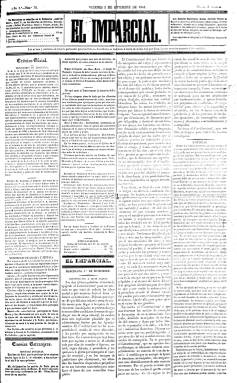
Título: El Imparcial (Barcelona)
Colección: Periódicos anteriores a 1850
Ámbito geográfico: Barcelona
Lugar de publicación: Barcelona
Fechas: 02/09/1842-31/12/1844

Debió de comenzar a publicarse a finales de junio de 1842, como continuación de El Liberal barcelonés, que en octubre de 1841 lo había sido a su vez de La Guardia nacional (1835), en el “viaje” que un sector de la prensa barcelonesa realiza desde el progresismo al moderantismo durante las regencias de la reina gobernadora María Cristina de Borbón Dos Sicilias (1806-1878) y del general Baldomero Espartero (1793-1879). Su colección en la Biblioteca Nacional de España (BNE) comienza con su número 76, del dos de septiembre de 1842, cuando pasará a manos del industrial Joan Vilaregut i Albafull (1800-1856), líder de una facción moderada del Partido Progresista, que en 1841 ya había sido elegido diputado por Barcelona, y lo volverá a ser en las elecciones de 1843, 1846, 1851 y 1853. Entre los periódicos a los que se enfrentará El Imparcial, se encuentra el también progresista El Constitucional (1837-1843). Estampado en imprenta propia, su editor responsable será el impresor José Devesa y Pujadas, siendo uno de sus redactores el abogado y economista Joan Illas i Vidal (1819-1876), defensor del proteccionismo.

Es un diario de gran formato, con entregas de cuatro páginas, compuestas a cuatro columnas. Publica editoriales, artículos remitidos y comunicados (cartas dirigidas al director o editor), y será también un periódico de noticias que estructura en secciones, como Crónica oficial (disposiciones legales), Crónica interior (generalmente son extractos de otros periódicos españoles) y Crónica extranjera, así como la de Avisos locales o Gacetín urbano. A ello añade una Crónica o Revista teatral, la sección Diversiones públicas (programación teatral), la de Miscelánea o la denominada Boletín comercial, con cuyo título editará algún suplemento, así como otro con la denominación Edición de tarde. También inserta un folletín en los faldones de la tercera y cuarta plana y anuncios, generalmente de bibliografía.

Coincidiendo con el final del trienio esparterista, desde el uno de julio al cuatro de agosto de 1843 se subtitula “periódico oficial” y, desde el uno de mayo de 1844, como “diario de política, literatura, comercio e industria”, iniciando así un nuevo periodo, para lo que aumenta el personal de redacción (que se encontraba en el mismo local que el de la imprenta), y empezará a incluir una Sección estadística y otra de Funciones religiosas.

En su tesis de la Universidad Pompeu Fabra, de 2004, Joan Fuster señala que El Imparcial supuso el primer intento de dotar al conservadurismo barcelonés de una voz propia que no sólo actuara como terminal del poder político gubernamental, y a menudo representó puntos de vista autóctonos, muy especialmente en materia de política económica. La última entrega de este título en la BNE corresponde al 31 de diciembre de 1844. Se fusionará con La Verdad, que había comenzado a publicarse en 1843, subtitulado “periódico político, religioso, literario e industrial” y partidario del progresista Juan Prim (1814-1870), para formar el nuevo título El Fomento, que comenzará a publicarse el uno de enero de 1845. Sobre Vilaregut, véase la obra de Roser Solà i Montserrat (2001).